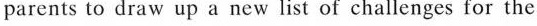
parents to draw up a new list of challenges for the